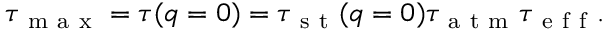
\tau _ { \mathrm { ~ m ~ a ~ x ~ } } = \tau ( q = 0 ) = \tau _ { \mathrm { ~ s ~ t ~ } } ( q = 0 ) \tau _ { \mathrm { ~ a ~ t ~ m ~ } } \tau _ { \mathrm { ~ e ~ f ~ f ~ } } .